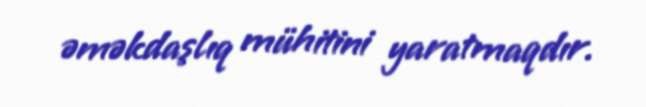
əməkdaşlıq mühitini yaratmaqdır.